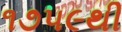
૧૭૫૯થી